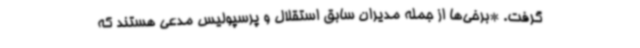
گرفت. *برخی‌ها از جمله مدیران سابق استقلال و پرسپولیس مدعی هستند که